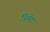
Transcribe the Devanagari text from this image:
त्रिमेद